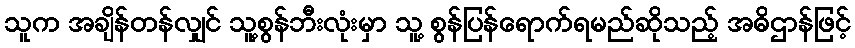
သူက အချိန်တန်လျှင် သူ့စွန်ဘီးလုံးမှာ သူ့ စွန်ပြန်ရောက်ရမည်ဆိုသည့် အဓိဌာန်ဖြင့်